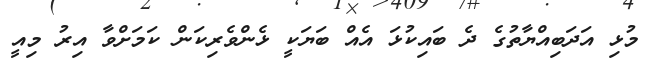
މުޅި އަދަބިއްޔާތުގެ ދެ ބައިކުޅަ އެއް ބަޔަކީ ޅެންވެރިކަން ކަމަށްވާ އިރު މިއީ